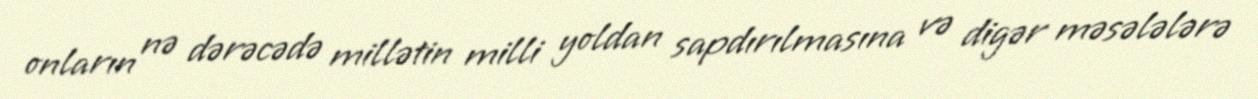
onların nə dərəcədə millətin milli yoldan sapdırılmasına və digər məsələlərə